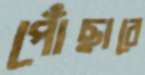
পোঁছাবে